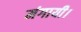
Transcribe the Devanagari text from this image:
मंगायी।